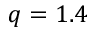
q = 1 . 4